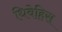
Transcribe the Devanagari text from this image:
धिवेहिस